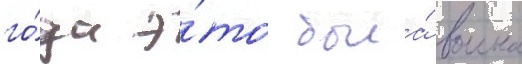
го́да э́то была́ воина